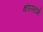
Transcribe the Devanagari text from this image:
थंडरस्टॉर्म